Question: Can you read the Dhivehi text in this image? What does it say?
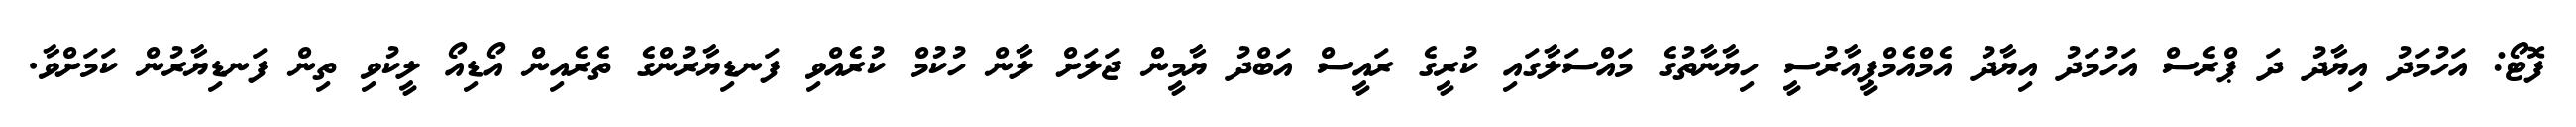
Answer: ފޮޓޯ: އަހުމަދު އިޔާދު ދަ ޕްރެސް އަހުމަދު އިޔާދު އެމްއެމްޕީއާރުސީ ހިޔާނާތުގެ މައްސަލާގައި ކުރީގެ ރައީސް އަބްދު ޔާމީން ޖަލަށް ލާން ހުކުމް ކުރެއްވި ފަނޑިޔާރުންގެ ތެރެއިން އޯޑިއޯ ލީކުވި ތިން ފަނޑިޔާރުން ކަމަށްވާ.